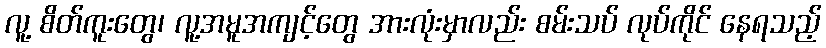
လူ့ စိတ်ကူးတွေ၊ လူ့အမူအကျင့်တွေ အားလုံးမှာလည်း စမ်းသပ် လုပ်ကိုင် နေရသည့်